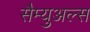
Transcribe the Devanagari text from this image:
सैम्युअल्स